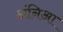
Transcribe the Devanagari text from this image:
अंनिआ